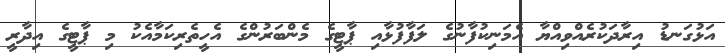
އަޅުގަނޑު އިރާދަކުރެއްވިއްޔާ އެމަނިކުފާނުގެ ލަފާފުޅާއި ޕާޓީގެ މެންބަރުންގެ އެހީތެރިކަމާއެކު މި ޕާޓީގެ އިދާރީ